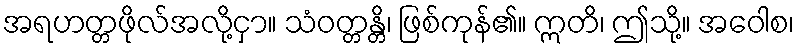
အရဟတ္တဖိုလ်အလို့ငှာ။ သံဝတ္တန္တိ၊ ဖြစ်ကုန်၏။ ဣတိ၊ ဤသို့။ အဝေါစ၊